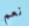
نعم